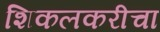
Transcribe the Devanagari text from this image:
शिकलकरीचा